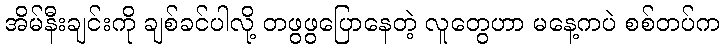
အိမ်နီးချင်းကို ချစ်ခင်ပါလို့ တဖွဖွပြောနေတဲ့ လူတွေဟာ မနေ့ကပဲ စစ်တပ်က